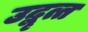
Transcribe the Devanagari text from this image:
उद्वृत्त